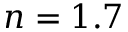
n = 1 . 7